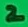
Text: 2